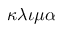
\kappa \lambda \iota \mu \alpha